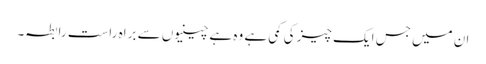
ان میں جس ایک چیز کی کمی ہے وہ ہے چینیوں سے براہ راست رابطہ۔